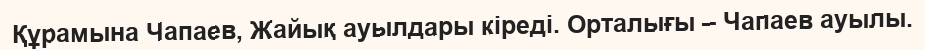
Құрамына Чапаев, Жайық ауылдары кіреді. Орталығы – Чапаев ауылы.